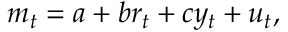
m _ { t } = a + b r _ { t } + c y _ { t } + u _ { t } ,